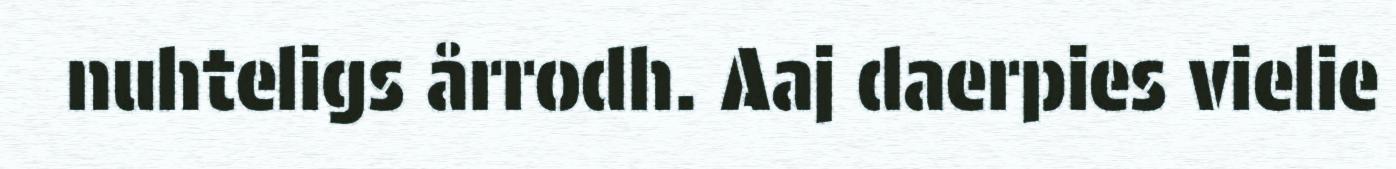
nuhteligs årrodh. Aaj daerpies vielie